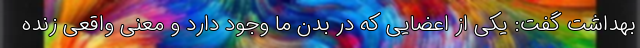
بهداشت گفت: یکی از اعضایی که در بدن ما وجود دارد و معنی واقعی زنده